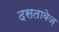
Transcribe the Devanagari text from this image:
दसतावेज़